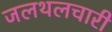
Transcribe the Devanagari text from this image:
जलथलचारी